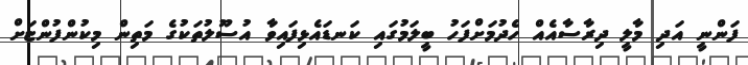
ފަންނީ އަދި މާލީ ދިރާސާއެއް ހެދުމަށްފަހު ބީލަމުގައި ކަނޑައެޅިފައިވާ އުސޫލުތަކުގެ މަތިން މިކުންފުންޏަށް